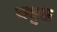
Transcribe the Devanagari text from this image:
बचुस